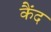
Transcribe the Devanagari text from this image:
कैंद